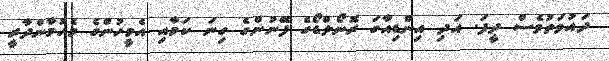
ދައުވަތުވެސް ދީފަ. އަދި އިންޑިއާގަ ރޮނޯލްޑޯގެ ފޭނުންގެ ގިނަ ކަމާއި އެމީހުންގެ މެހުމާންދާރީ